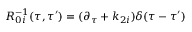
{ } R _ { 0 i } ^ { - 1 } ( \tau , \tau ^ { \prime } ) = ( \partial _ { \tau } + k _ { 2 i } ) \delta ( \tau - \tau ^ { \prime } )